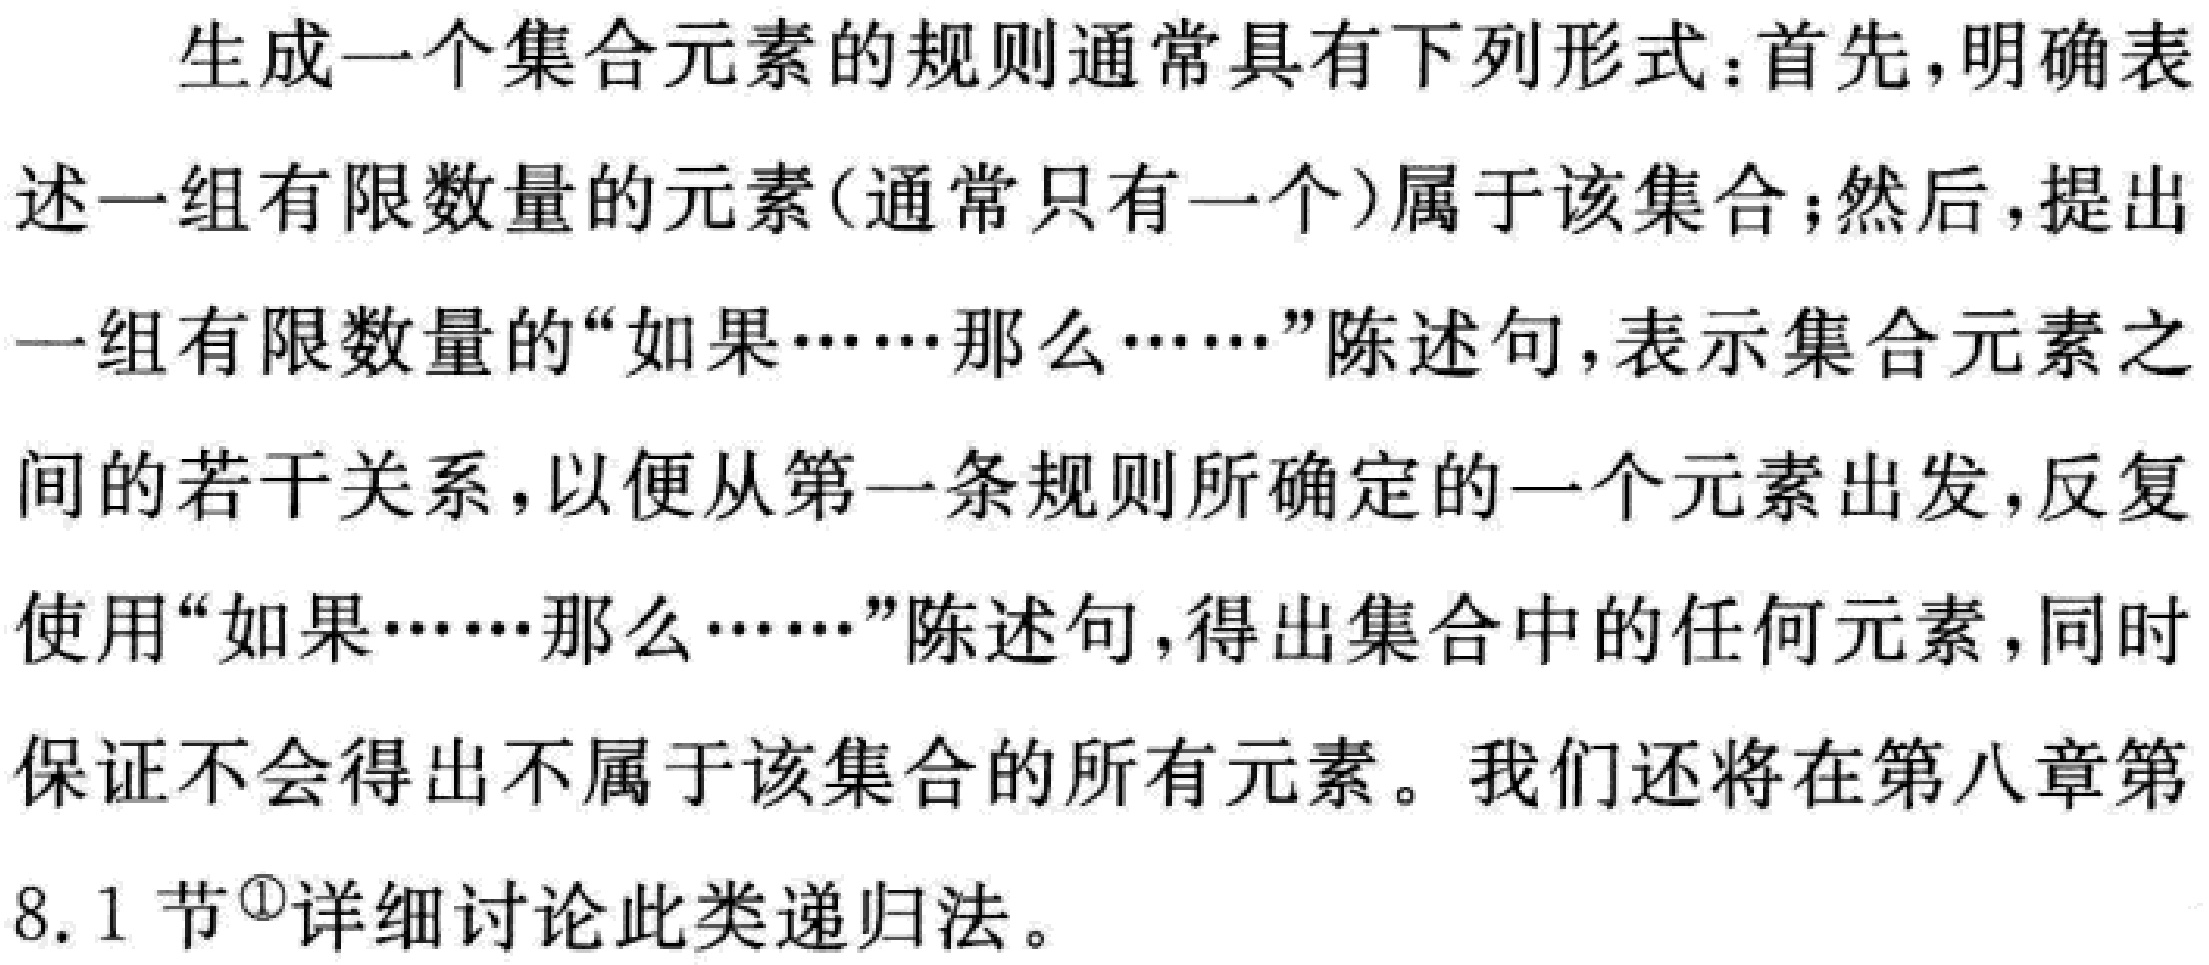
生成一个集合元素的规则通常具有下列形式：首先，明确表述一组有限数量的元素(通常只有一个)属于该集合；然后，提出一组有限数量的“如果……那么……”陈述句，表示集合元素之间的若干关系，以便从第一条规则所确定的一个元素出发，反复使用“如果……那么……”陈述句，得出集合中的任何元素，同时保证不会得出不属于该集合的所有元素。我们还将在第八章第8.1节\textsuperscript{1}详细讨论此类递归法。